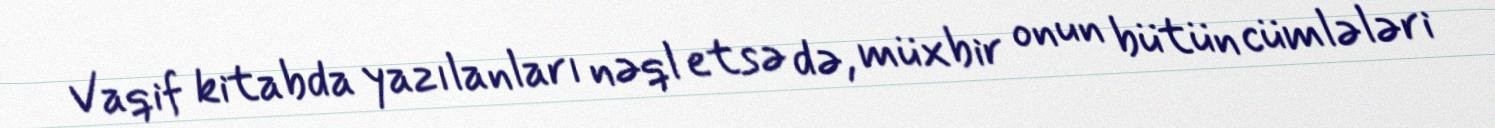
Vaqif kitabda yazılanları nəql etsə də, müxbir onun bütün cümlələri